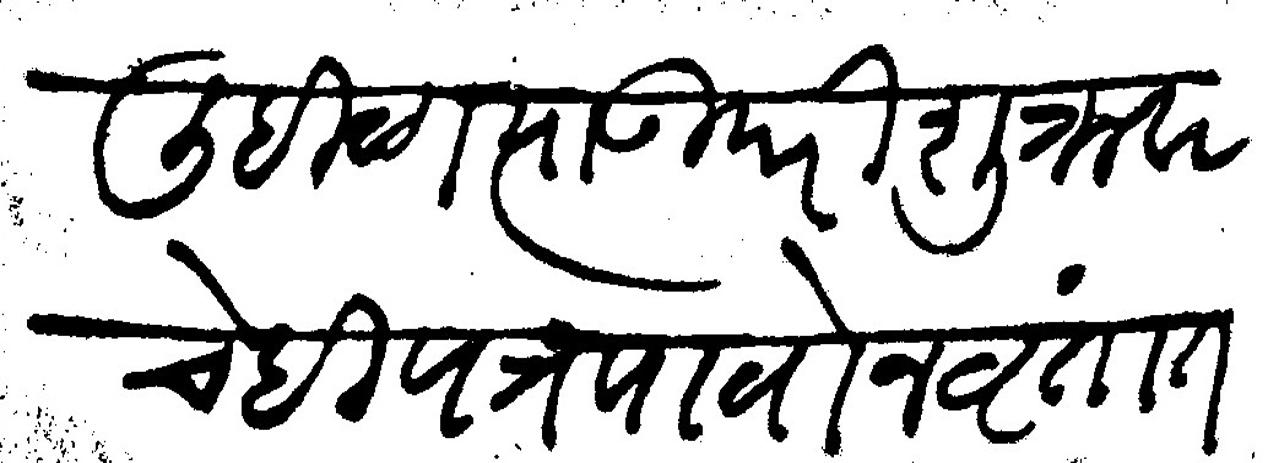
Transliteration (Devanagari): लिहिळा त्याउपरि शुक्रवारचे ही पत्र पावोन वृतांत